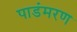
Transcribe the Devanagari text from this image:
पाडंमरण